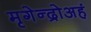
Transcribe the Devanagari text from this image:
मृगेन्द्रोअहं